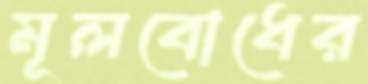
মূলবোধের